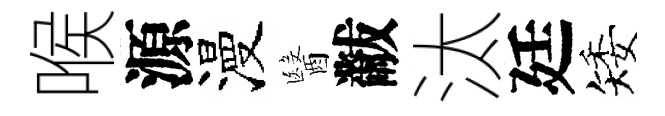
喉源漫醫黻汰廷矮